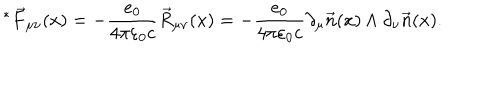
LaTeX: ^ * \vec { F } _ { \mu \nu } ( x ) = - \frac { e _ { 0 } } { 4 \pi \varepsilon _ { 0 } c } \vec { R } _ { \mu \nu } ( x ) = - \frac { e _ { 0 } } { 4 \pi \varepsilon _ { 0 } c } \partial _ { \mu } \vec { n } ( x ) \wedge \partial _ { \nu } \vec { n } ( x ) .